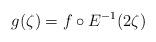
LaTeX: \begin{align*} g(\zeta) = f\circ E^{-1}(2\zeta)\end{align*}